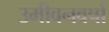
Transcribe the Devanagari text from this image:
उमीवनवर्षा